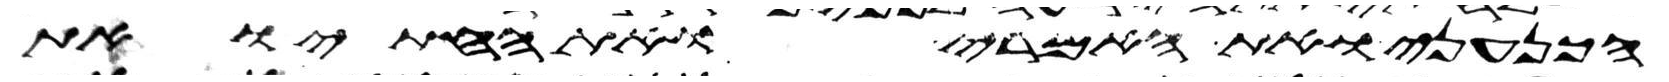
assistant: הכנעני ואת האמרי ואת החתי ואת